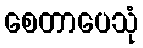
စေတာပေသုံ